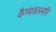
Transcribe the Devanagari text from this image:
कैप्पवल्लरि